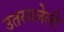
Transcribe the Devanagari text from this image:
उतरवलेली